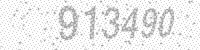
Solution: 913490